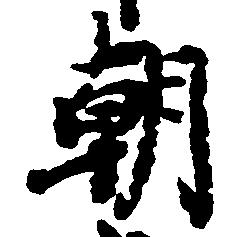
朝